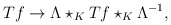
\begin{align*}Tf\rightarrow \Lambda \star _{K}Tf\star _{K}\Lambda ^{-1}, \end{align*}